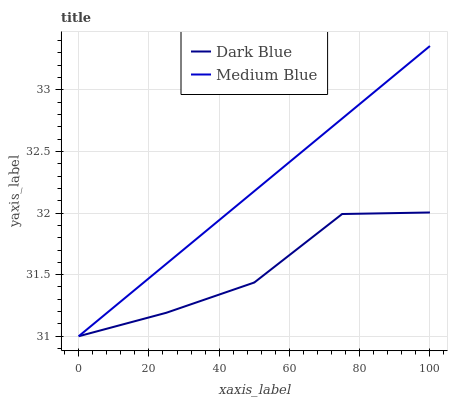
| xaxis_label | Dark Blue | Medium Blue |
 | --- | --- | --- |
 | 0 | 31 | 31 |
 | 25 | 31.2 | 31.6 |
 | 50 | 31.4 | 32.2 |
 | 75 | 32 | 32.8 |
 | 100 | 32 | 33.4 |